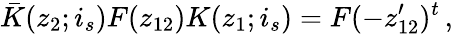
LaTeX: \bar{K}(z_{2};i_{s})F(z_{12})K(z_{1};i_{s})=F(-z_{12}^{\prime})^{t}\, ,